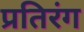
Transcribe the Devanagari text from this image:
प्रतिरंग